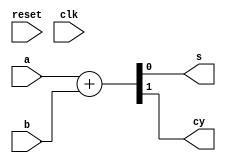
module serial_adder(a,b,reset,clk,s,cy);
input a,b,clk,reset;
output s,cy;
parameter s0=0,s1=1;
reg [0:1] ps,ns;
assign {cy,s}=a+b;

always @(posedge clk or posedge reset)
if(reset)
ps<=s0;
else
ps<=s1;

always @(ns,s,cy)
case(ps)
s0:begin
if (s<= 0 & cy<=0)
ns<=s0;
else if (s<=1 & cy<=0)
ns<=s0;
else if (s<=0 & cy<=1)
ns<=s1;
else
ns<=s0;
end

s1:begin
if (s<= 0 & cy<=1)
ns<=s1;
else if (s<=1 & cy<=1)
ns<=s1;
else if (s<=1 & cy<=0)
ns<=s0;
else
ns<=s1;
end 
endcase
endmodule